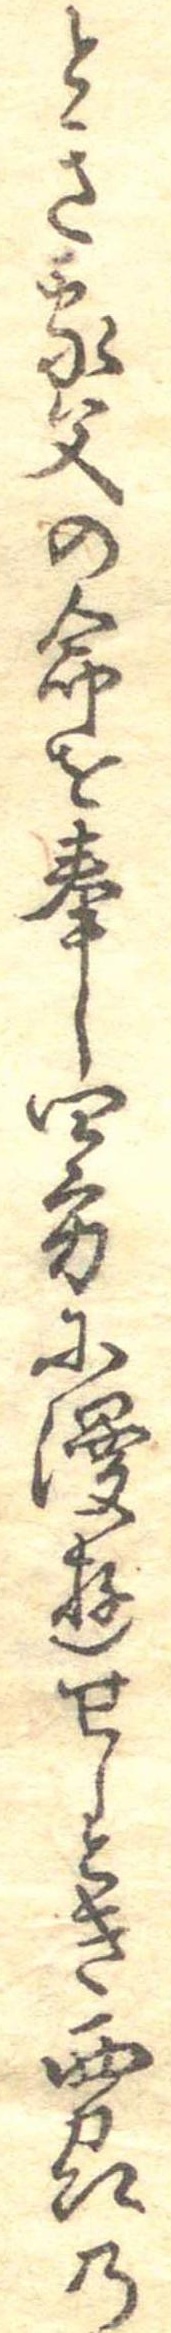
とき家父の命を奉し四方に漫遊せしとき西州の